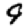
Digit: 9